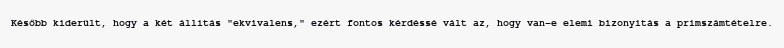
Később kiderült, hogy a két állítás "ekvivalens," ezért fontos kérdéssé vált az, hogy van-e elemi bizonyítás a prímszámtételre.